Vaccination in Bombay 1902-1912 - 1902-1912
Year: 1902
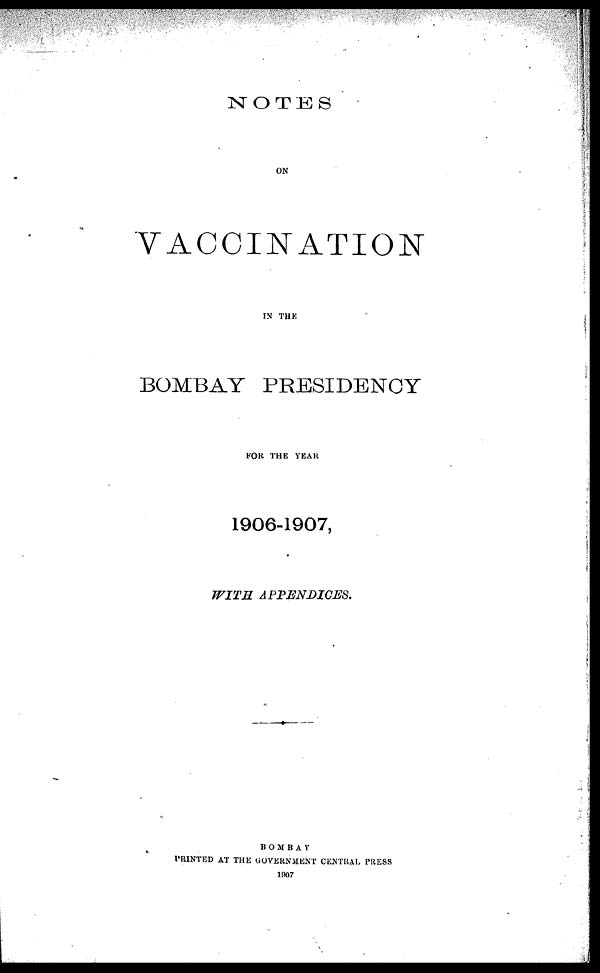
NOTES
ON
VACCINATION
IN THE
BOMBAY PRESIDENCY
FOR THE YEAR
1906-1907,
WITH
APPENDICES.
BOMBAY
PRINTED AT THE GOVERNMENT CENTRAL PRESS
1907